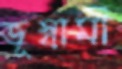
ভূস্বামী